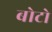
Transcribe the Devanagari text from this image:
बोटो